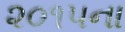
૨૦૧૫ના